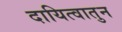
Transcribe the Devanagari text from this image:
दायित्वातुन